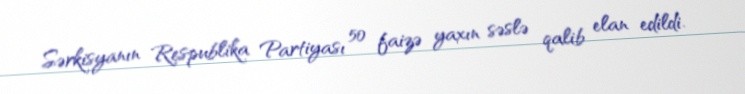
Sərkisyanın Respublika Partiyası 50 faizə yaxın səslə qalib elan edildi.